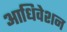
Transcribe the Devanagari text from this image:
आधिवेशन